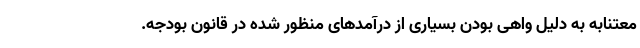
معتنابه به دلیل واهی بودن بسیاری از درآمدهای منظور شده در قانون بودجه.